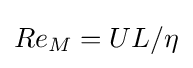
Re_{M}=UL/\eta